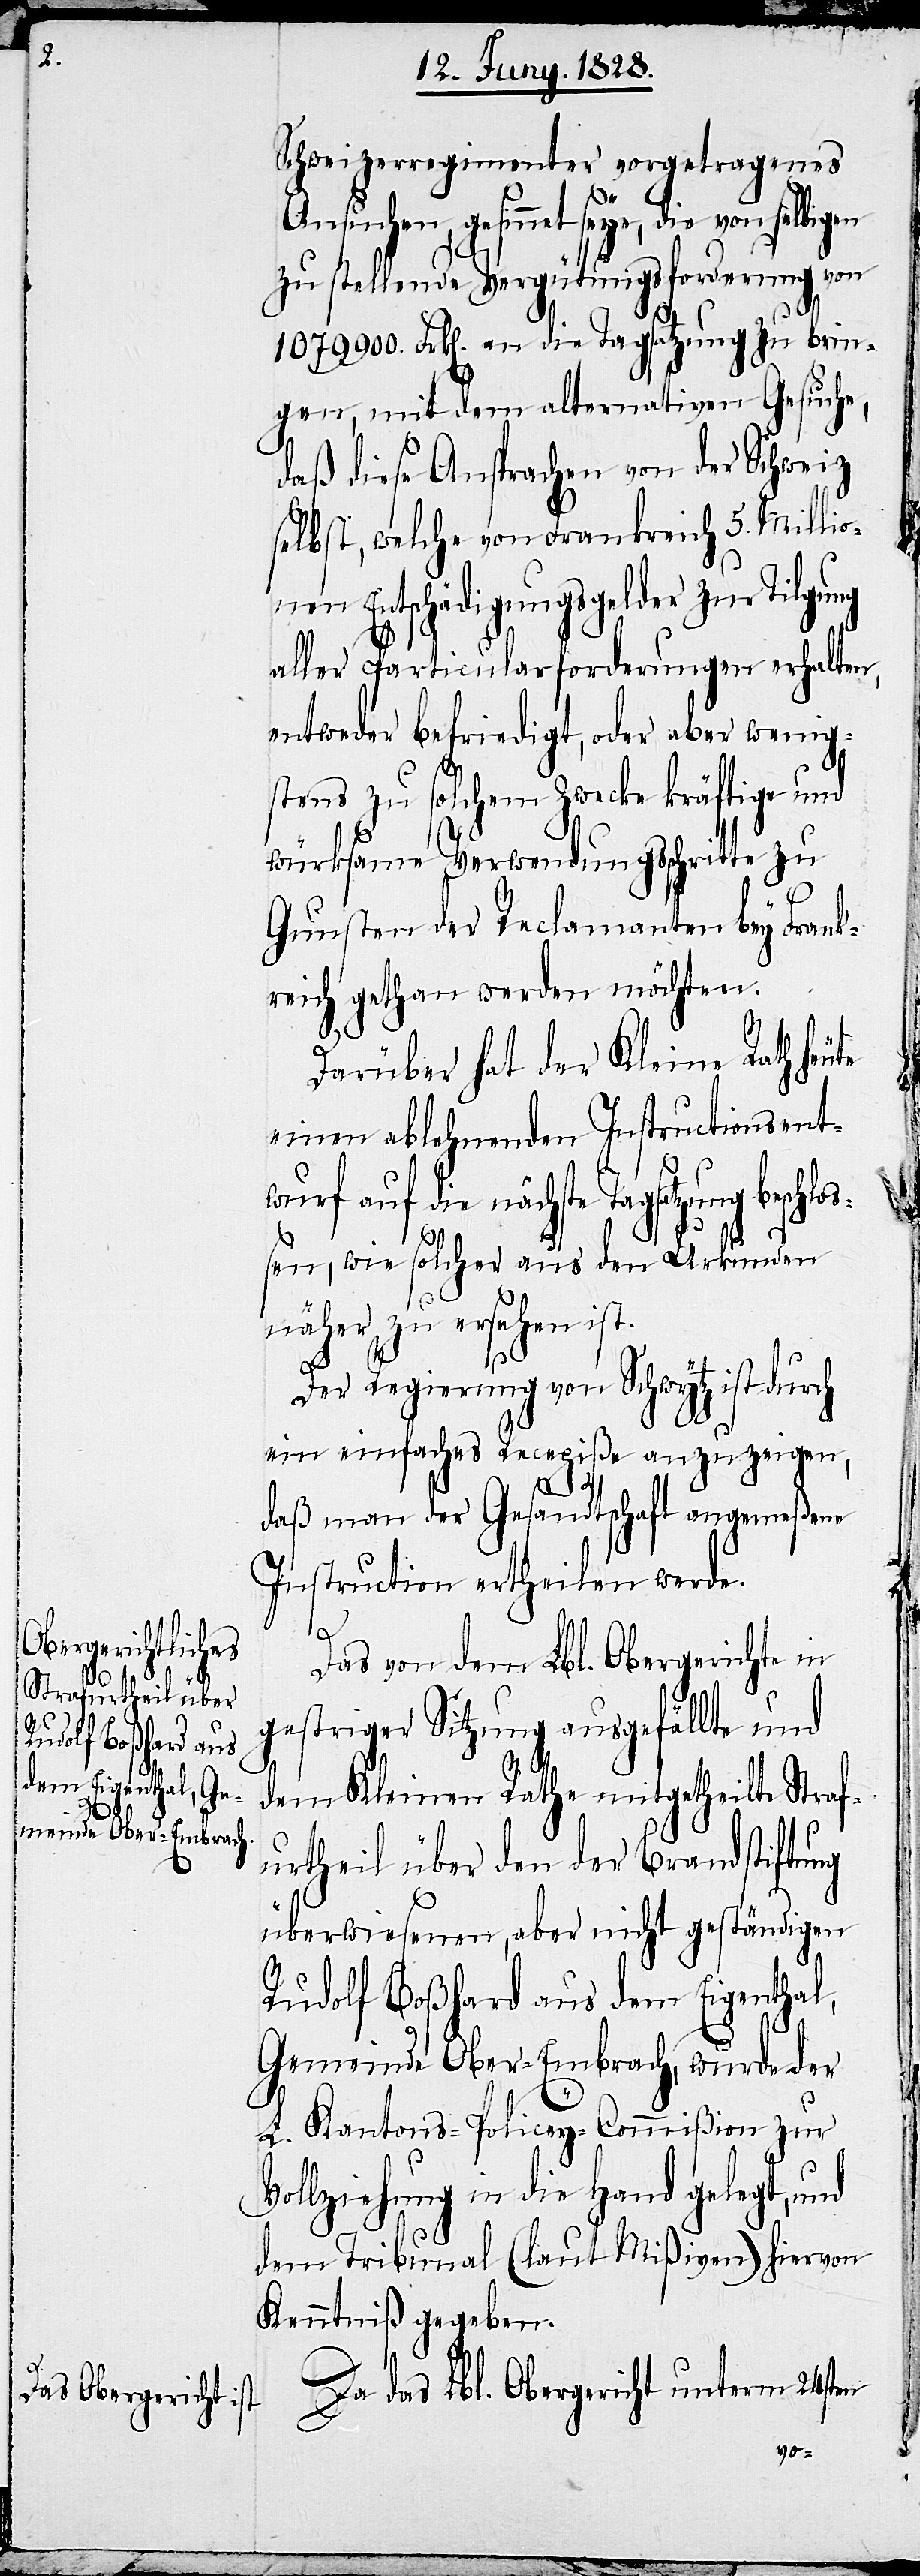
Schweizerregimenter vorgetragenes
Ansuchen, gesinnt seye,
zu stellende Vergütungsforderung von
1 079 900. Frk[en]. an die Tagsatzung zu brin¬
gen, mit dem alternativen Gesuche,
daß diese Ansprachen von der Schweiz
selbst, welche von Frankreich 5. Millio¬
nen Entschädigungsgelder zur Tilgung
aller Particularforderungen erhalten,
entweder befriedigt, oder aber wenig¬
stens zu solchem Zwecke kräftige und
würksame Verwendungsschritte zu
Gunsten der Reclamanten bey Frank¬
reich gethan werden möchten.
Darüber hat der Kleine Rath heu¬
einen ablehnenden Instructionsent¬
wurf auf die nächste Tagsatzung beschl¬
o¬
ßen, wie solcher aus den Urkunden
näher zu ersehen ist.
Der Regierung von Schwytz ist durch
ein einfaches Recepiße anzuzeigen,
daß man der Gesandtschaft angemeßene
Instruction ertheilen werde.
Das von dem Lbl. Obergerichte in
gestriger Sitzung ausgefällte und
dem Kleinen Rathe mitgetheilte Straf¬
urtheil über den der Brandstiftung
überwiesenen, aber nicht geständigen
Rudolf Boßhard aus dem Eigenthal,
Gemeinde Ober-Embrach, wurde der
L. Kantons-Policey-Commißion zur
Vollziehung in die Hand gelegt, und
dem Tribunal (laut Mißiven) hiervon
Kenntniß gegeben.
Da das Lbl. Obergericht unterm 24sten
von